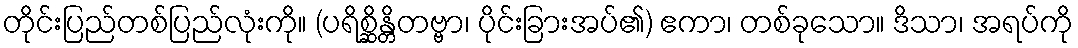
တိုင်းပြည်တစ်ပြည်လုံးကို။ (ပရိစ္ဆိန္တိတဗ္ဗာ၊ ပိုင်းခြားအပ်၏) ဧကာ၊ တစ်ခုသော။ ဒိသာ၊ အရပ်ကို